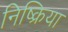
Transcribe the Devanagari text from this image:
निष्‍क्रिया